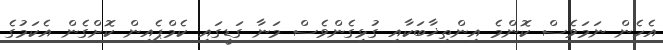
އެހެން ނަމަވެސް ކޮންމެ އިންތިޚާބަކާއި ގުޅިގެންވެސް މަނާ ގަޑީގައި ކެމްޕެއިން ކޮށްގެން އެކަމުގެ